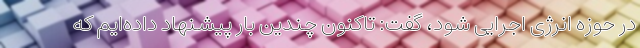
در حوزه انرژی اجرایی شود، گفت: تاکنون چندین بار پیشنهاد داده‌ایم که